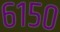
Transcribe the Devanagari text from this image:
६१५०